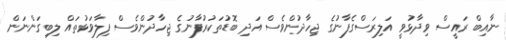
ނާއިބް ރައީސް ވިދާޅުވީ އަލިރަސްގެފާނުގެ ޖިހާދުންވެސް އަދި ބޮޑުތަކުރުފާނުގެ ޖިހާދުންވެސް ފިލާވަޅުތައް ލިބިގަންނަން